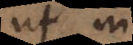
ut in